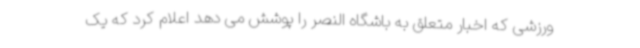
ورزشی که اخبار متعلق به باشگاه النصر را پوشش می دهد اعلام کرد که یک